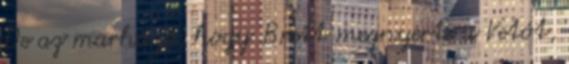
De az marha jó, hogy Brett megnyerte a Vetót,